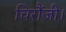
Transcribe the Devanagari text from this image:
चिरौंजी।